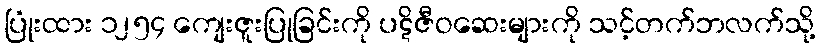
ပြုံးထား ၁၂၅၄ ကျေးဇူးပြုခြင်းကို ပဋိဇီဝဆေးများကို သင့်တက်ဘလက်သို့